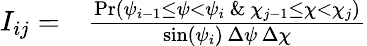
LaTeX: \begin{array}{rl}{I_{ij}=}&{{}\frac{\mathrm{Pr}(\psi_{i-1}\leq\psi<\psi_{i}\ \& \ \chi_{j-1}\leq\chi<\chi_{j})}{\sin(\psi_{i})\, \Delta\psi\, \Delta\chi}}\end{array}